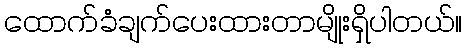
ထောက်ခံချက်ပေးထားတာမျိုးရှိပါတယ်။